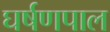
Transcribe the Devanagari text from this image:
घर्षणपाल